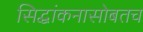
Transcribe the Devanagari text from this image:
सिद्धांकनासोबतच